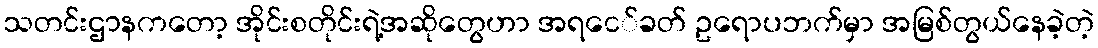
သတင်းဌာနကတော့ အိုင်းစတိုင်းရဲ့အဆိုတွေဟာ အရငေ်ခတ် ဥရောပဘက်မှာ အမြစ်တွယ်နေခဲ့တဲ့